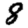
Digit: 8